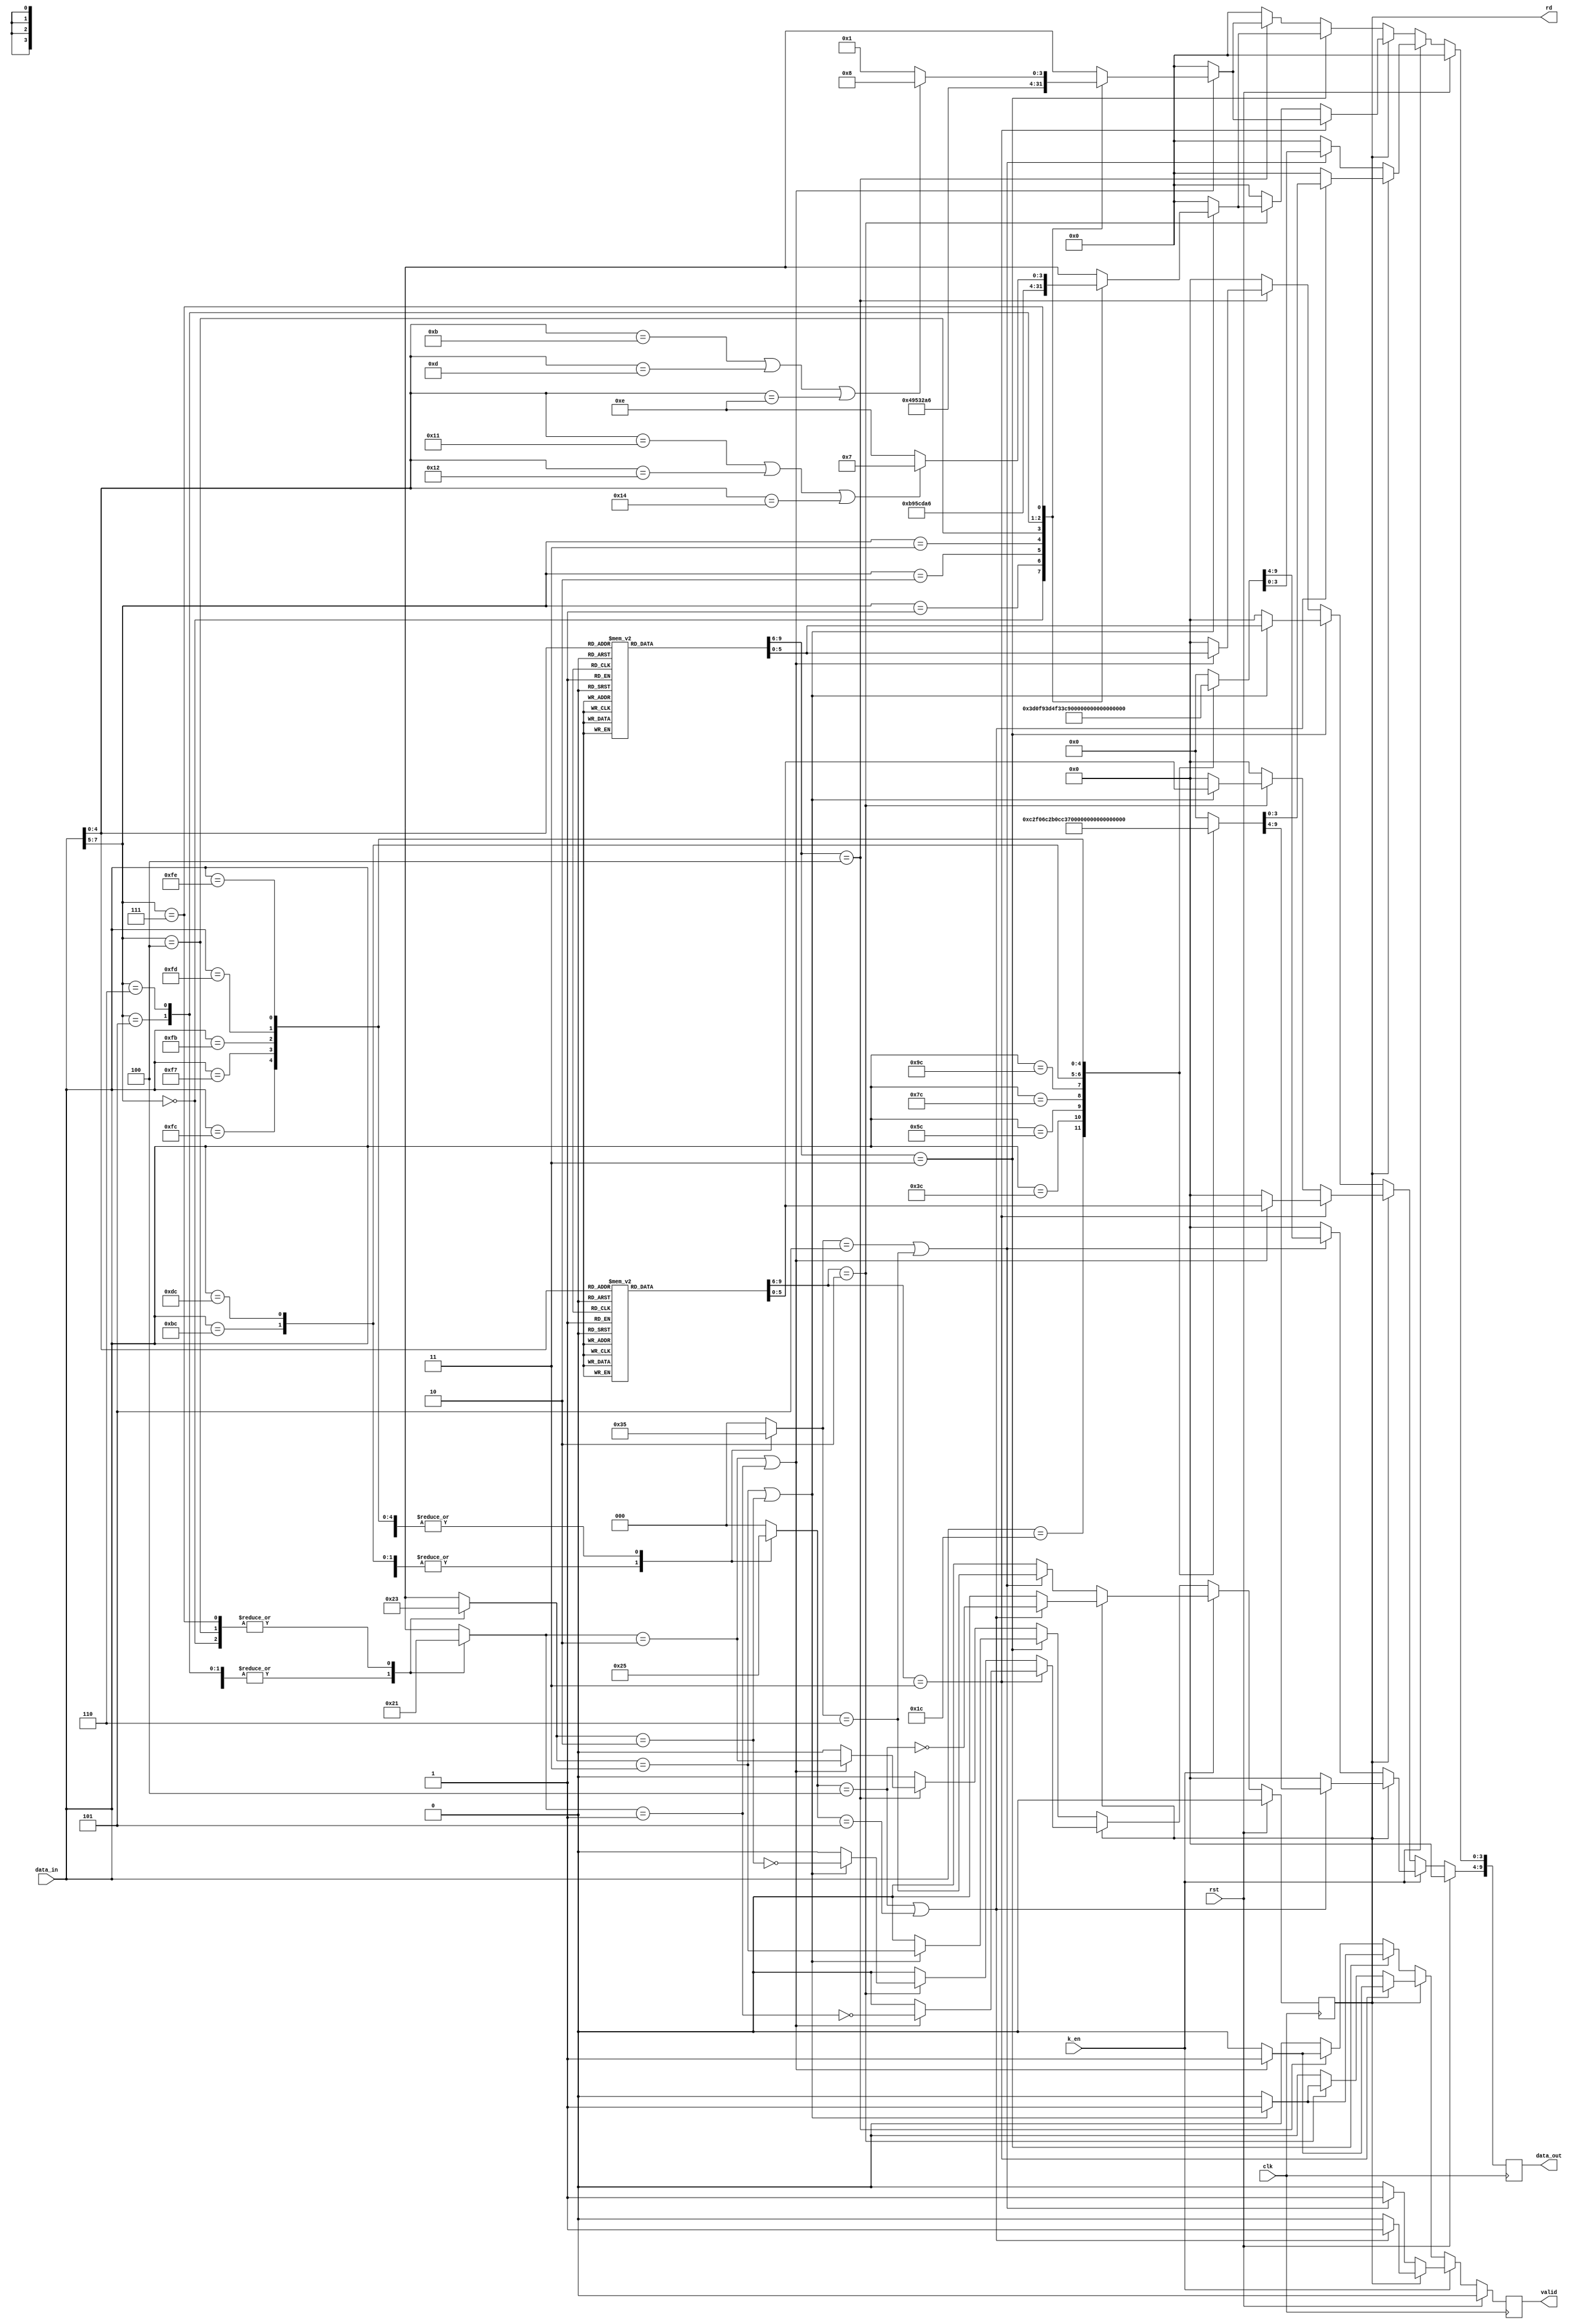
//////////////////////////////////////////////////////////////////////////
// Tyler Anderson Tue Apr 26 21:24:32 EDT 2022
// https://en.wikipedia.org/wiki/8b/10b_encoding
//
// Map displarity and running disparity onto unsigned regs n_ones and rd. 
//////////////////////////////////////////////////////////////////////////

module encode_8b10b
  (
   input 	clk,
   input 	rst,  // resets the running disparity
   input 	k_en, // interpret as control symbol 
   input [7:0] 	data_in, // HGF EDCBA
   output reg [9:0] data_out = 0, // abcdei fghj
   output reg 	rd = 1'b0, // running disparity, 0 means -1, 1 means +1
   output reg valid = 1'b0 // 
   );

   wire [4:0] 	x5b = data_in[4:0];
   wire [2:0] 	x3b = data_in[7:5]; 
   		
   // 5b/6b table, running disparity = -1   
   reg [5:0] 	x6b_n1;
   reg [3:0] 	n_ones_x6b_n1;  
   always @(*)
     case(x5b)
       5'b00000: begin x6b_n1 =  6'b100111; n_ones_x6b_n1 = 4; end //D.00 
       5'b00001: begin x6b_n1 =  6'b011101; n_ones_x6b_n1 = 4; end //D.01
       5'b00010: begin x6b_n1 =  6'b101101; n_ones_x6b_n1 = 4; end //D.02
       5'b00011: begin x6b_n1 =  6'b110001; n_ones_x6b_n1 = 3; end //D.03
       5'b00100: begin x6b_n1 =  6'b110101; n_ones_x6b_n1 = 4; end //D.04
       5'b00101: begin x6b_n1 =  6'b101001; n_ones_x6b_n1 = 3; end //D.05
       5'b00110: begin x6b_n1 =  6'b011001; n_ones_x6b_n1 = 3; end //D.06
       5'b00111: begin x6b_n1 =  6'b111000; n_ones_x6b_n1 = 3; end //D.07
       5'b01000: begin x6b_n1 =  6'b111001; n_ones_x6b_n1 = 4; end //D.08
       5'b01001: begin x6b_n1 =  6'b100101; n_ones_x6b_n1 = 3; end //D.09
       5'b01010: begin x6b_n1 =  6'b010101; n_ones_x6b_n1 = 3; end //D.10
       5'b01011: begin x6b_n1 =  6'b110100; n_ones_x6b_n1 = 3; end //D.11
       5'b01100: begin x6b_n1 =  6'b001101; n_ones_x6b_n1 = 3; end //D.12
       5'b01101: begin x6b_n1 =  6'b101100; n_ones_x6b_n1 = 3; end //D.13
       5'b01110: begin x6b_n1 =  6'b011100; n_ones_x6b_n1 = 3; end //D.14
       5'b01111: begin x6b_n1 =  6'b010111; n_ones_x6b_n1 = 4; end //D.15
       5'b10000: begin x6b_n1 =  6'b011011; n_ones_x6b_n1 = 4; end //D.16
       5'b10001: begin x6b_n1 =  6'b100011; n_ones_x6b_n1 = 3; end //D.17
       5'b10010: begin x6b_n1 =  6'b010011; n_ones_x6b_n1 = 3; end //D.18
       5'b10011: begin x6b_n1 =  6'b110010; n_ones_x6b_n1 = 3; end //D.19
       5'b10100: begin x6b_n1 =  6'b001011; n_ones_x6b_n1 = 3; end //D.20
       5'b10101: begin x6b_n1 =  6'b101010; n_ones_x6b_n1 = 3; end //D.21
       5'b10110: begin x6b_n1 =  6'b011010; n_ones_x6b_n1 = 3; end //D.22
       5'b10111: begin x6b_n1 =  6'b111010; n_ones_x6b_n1 = 4; end //D.23
       5'b11000: begin x6b_n1 =  6'b110011; n_ones_x6b_n1 = 4; end //D.24
       5'b11001: begin x6b_n1 =  6'b100110; n_ones_x6b_n1 = 3; end //D.25
       5'b11010: begin x6b_n1 =  6'b010110; n_ones_x6b_n1 = 3; end //D.26
       5'b11011: begin x6b_n1 =  6'b110110; n_ones_x6b_n1 = 4; end //D.27
       5'b11100: begin x6b_n1 =  6'b001110; n_ones_x6b_n1 = 3; end //D.28
       5'b11101: begin x6b_n1 =  6'b101110; n_ones_x6b_n1 = 4; end //D.29
       5'b11110: begin x6b_n1 =  6'b011110; n_ones_x6b_n1 = 4; end //D.30
       5'b11111: begin x6b_n1 =  6'b101011; n_ones_x6b_n1 = 4; end //D.31
       default:  begin x6b_n1 =  6'b000000; n_ones_x6b_n1 = 0; end 
     endcase // case (x5b)


      // 5b/6b table, running disparity = +1   
   reg [5:0] 	x6b_p1;
   reg [3:0] 	n_ones_x6b_p1; 
   always @(*)
     case(x5b)
       5'b00000: begin x6b_p1 =  6'b011000; n_ones_x6b_p1 = 2; end // D.00 
       5'b00001: begin x6b_p1 =  6'b100010; n_ones_x6b_p1 = 2; end // D.01
       5'b00010: begin x6b_p1 =  6'b010010; n_ones_x6b_p1 = 2; end // D.02
       5'b00011: begin x6b_p1 =  6'b110001; n_ones_x6b_p1 = 3; end // D.03
       5'b00100: begin x6b_p1 =  6'b001010; n_ones_x6b_p1 = 2; end // D.04
       5'b00101: begin x6b_p1 =  6'b101001; n_ones_x6b_p1 = 3; end // D.05
       5'b00110: begin x6b_p1 =  6'b011001; n_ones_x6b_p1 = 3; end // D.06
       5'b00111: begin x6b_p1 =  6'b000111; n_ones_x6b_p1 = 3; end // D.07
       5'b01000: begin x6b_p1 =  6'b000110; n_ones_x6b_p1 = 2; end // D.08
       5'b01001: begin x6b_p1 =  6'b100101; n_ones_x6b_p1 = 3; end // D.09
       5'b01010: begin x6b_p1 =  6'b010101; n_ones_x6b_p1 = 3; end // D.10
       5'b01011: begin x6b_p1 =  6'b110100; n_ones_x6b_p1 = 3; end // D.11
       5'b01100: begin x6b_p1 =  6'b001101; n_ones_x6b_p1 = 3; end // D.12
       5'b01101: begin x6b_p1 =  6'b101100; n_ones_x6b_p1 = 3; end // D.13
       5'b01110: begin x6b_p1 =  6'b011100; n_ones_x6b_p1 = 3; end // D.14
       5'b01111: begin x6b_p1 =  6'b101000; n_ones_x6b_p1 = 2; end // D.15
       5'b10000: begin x6b_p1 =  6'b100100; n_ones_x6b_p1 = 2; end // D.16
       5'b10001: begin x6b_p1 =  6'b100011; n_ones_x6b_p1 = 3; end // D.17
       5'b10010: begin x6b_p1 =  6'b010011; n_ones_x6b_p1 = 3; end // D.18
       5'b10011: begin x6b_p1 =  6'b110010; n_ones_x6b_p1 = 3; end // D.19
       5'b10100: begin x6b_p1 =  6'b001011; n_ones_x6b_p1 = 3; end // D.20
       5'b10101: begin x6b_p1 =  6'b101010; n_ones_x6b_p1 = 3; end // D.21
       5'b10110: begin x6b_p1 =  6'b011010; n_ones_x6b_p1 = 3; end // D.22
       5'b10111: begin x6b_p1 =  6'b000101; n_ones_x6b_p1 = 2; end // D.23
       5'b11000: begin x6b_p1 =  6'b001100; n_ones_x6b_p1 = 2; end // D.24
       5'b11001: begin x6b_p1 =  6'b100110; n_ones_x6b_p1 = 3; end // D.25
       5'b11010: begin x6b_p1 =  6'b010110; n_ones_x6b_p1 = 3; end // D.26
       5'b11011: begin x6b_p1 =  6'b001001; n_ones_x6b_p1 = 2; end // D.27
       5'b11100: begin x6b_p1 =  6'b001110; n_ones_x6b_p1 = 3; end // D.28
       5'b11101: begin x6b_p1 =  6'b010001; n_ones_x6b_p1 = 2; end // D.29
       5'b11110: begin x6b_p1 =  6'b100001; n_ones_x6b_p1 = 2; end // D.30
       5'b11111: begin x6b_p1 =  6'b010100; n_ones_x6b_p1 = 2; end // D.31
       default:  begin x6b_p1 =  6'b000000; n_ones_x6b_p1 = 0; end 
     endcase // case (x5b)

   // 3b/4b table, running disparity = -1
   reg [3:0] 	x4b_n1;
   reg [3:0] 	n_ones_x4b_n1; 
   always @(*)
     case(x3b)
       3'b000: begin x4b_n1 = 4'b1011; n_ones_x4b_n1 = 3; end // D.x.0
       3'b001: begin x4b_n1 = 4'b1001; n_ones_x4b_n1 = 2; end // D.x.1
       3'b010: begin x4b_n1 = 4'b0101; n_ones_x4b_n1 = 2; end // D.x.2
       3'b011: begin x4b_n1 = 4'b1100; n_ones_x4b_n1 = 2; end // D.x.3
       3'b100: begin x4b_n1 = 4'b1101; n_ones_x4b_n1 = 3; end // D.x.4
       3'b101: begin x4b_n1 = 4'b1010; n_ones_x4b_n1 = 2; end // D.x.5
       3'b110: begin x4b_n1 = 4'b0110; n_ones_x4b_n1 = 2; end // D.x.6
       // Special rules to avoid runs of five consecutive 0's or 1's
       3'b111:
	 begin
	    if(x5b==5'd17 || x5b==5'd18 || x5b==5'd20)
	      begin 
		 x4b_n1 = 4'b0111; // D.x.A7
		 n_ones_x4b_n1 = 3;
	      end
	    else
	      begin 
		 x4b_n1 = 4'b1110; // D.x.P7
		 n_ones_x4b_n1 = 3;
	      end
	 end
       default: begin x4b_n1 = 4'b0000; n_ones_x4b_n1 = 0; end  
     endcase

   // 3b/4b table, running disparity = +1
   reg [3:0] 	x4b_p1;
   reg [3:0] 	n_ones_x4b_p1; 
   always @(*)
     case(x3b)
       3'b000: begin x4b_p1 = 4'b0100; n_ones_x4b_p1 = 1; end // D.x.0
       3'b001: begin x4b_p1 = 4'b1001; n_ones_x4b_p1 = 2; end // D.x.1
       3'b010: begin x4b_p1 = 4'b0101; n_ones_x4b_p1 = 2; end // D.x.2
       3'b011: begin x4b_p1 = 4'b0011; n_ones_x4b_p1 = 2; end // D.x.3
       3'b100: begin x4b_p1 = 4'b0010; n_ones_x4b_p1 = 1; end // D.x.4
       3'b101: begin x4b_p1 = 4'b1010; n_ones_x4b_p1 = 2; end // D.x.5
       3'b110: begin x4b_p1 = 4'b0110; n_ones_x4b_p1 = 2; end // D.x.6
       // Special rules to avoid runs of five consecutive 0's or 1's
       3'b111: 
	 begin 
	    if(x5b==5'd11 || x5b==5'd13 || x5b==5'd14)
	      begin 
		 x4b_p1 = 4'b1000; // D.x.A7
		 n_ones_x4b_p1 = 1;
	      end
	    else
	      begin
		 x4b_p1 = 4'b0001; // D.x.P7
		 n_ones_x4b_p1 = 1;
	      end
	 end
       default: begin x4b_p1 = 4'b0000; n_ones_x4b_p1 = 0; end 
     endcase

   // Control symbol table, running disparity = -1
   reg [9:0] 	k_sym_n1;
   reg 		k_err_n1;
   reg [3:0] 	n_ones_k_n1; 
   always @(*)
     case({x3b,x5b})
       8'b00011100: begin k_sym_n1 = 10'b0011110100; k_err_n1 = 1'b0; n_ones_k_n1 = 5; end // K.28.0
       8'b00111100: begin k_sym_n1 = 10'b0011111001; k_err_n1 = 1'b0; n_ones_k_n1 = 6; end // K.28.1
       8'b01011100: begin k_sym_n1 = 10'b0011110101; k_err_n1 = 1'b0; n_ones_k_n1 = 6; end // K.28.2
       8'b01111100: begin k_sym_n1 = 10'b0011110011; k_err_n1 = 1'b0; n_ones_k_n1 = 6; end // K.28.3
       8'b10011100: begin k_sym_n1 = 10'b0011110010; k_err_n1 = 1'b0; n_ones_k_n1 = 5; end // K.28.4
       8'b10111100: begin k_sym_n1 = 10'b0011111010; k_err_n1 = 1'b0; n_ones_k_n1 = 6; end // K.28.5
       8'b11011100: begin k_sym_n1 = 10'b0011110110; k_err_n1 = 1'b0; n_ones_k_n1 = 6; end // K.28.6
       8'b11111100: begin k_sym_n1 = 10'b0011111000; k_err_n1 = 1'b0; n_ones_k_n1 = 5; end // K.28.7
       8'b11110111: begin k_sym_n1 = 10'b1110101000; k_err_n1 = 1'b0; n_ones_k_n1 = 5; end // K.23.7
       8'b11111011: begin k_sym_n1 = 10'b1101101000; k_err_n1 = 1'b0; n_ones_k_n1 = 5; end // K.27.7
       8'b11111101: begin k_sym_n1 = 10'b1011101000; k_err_n1 = 1'b0; n_ones_k_n1 = 5; end // K.29.7
       8'b11111110: begin k_sym_n1 = 10'b0111101000; k_err_n1 = 1'b0; n_ones_k_n1 = 5; end // K.30.7
       default:     begin k_sym_n1 = 10'b0000000000; k_err_n1 = 1'b1; n_ones_k_n1 = 0; end
     endcase

   // Control symbol table, running disparity = +1
   reg [9:0] k_sym_p1;
   reg 	     k_err_p1;
   reg [3:0] n_ones_k_p1; 
   always @(*)
     case({x3b,x5b})
       8'b00011100: begin k_sym_p1 = 10'b1100001011; k_err_p1 = 1'b0; n_ones_k_p1 = 5; end // K.28.0                              
       8'b00111100: begin k_sym_p1 = 10'b1100000110; k_err_p1 = 1'b0; n_ones_k_p1 = 4; end // K.28.1                              
       8'b01011100: begin k_sym_p1 = 10'b1100001010; k_err_p1 = 1'b0; n_ones_k_p1 = 4; end // K.28.2                              
       8'b01111100: begin k_sym_p1 = 10'b1100001100; k_err_p1 = 1'b0; n_ones_k_p1 = 4; end // K.28.3                              
       8'b10011100: begin k_sym_p1 = 10'b1100001101; k_err_p1 = 1'b0; n_ones_k_p1 = 5; end // K.28.4                              
       8'b10111100: begin k_sym_p1 = 10'b1100000101; k_err_p1 = 1'b0; n_ones_k_p1 = 4; end // K.28.5                              
       8'b11011100: begin k_sym_p1 = 10'b1100001001; k_err_p1 = 1'b0; n_ones_k_p1 = 4; end // K.28.6                              
       8'b11111100: begin k_sym_p1 = 10'b1100000111; k_err_p1 = 1'b0; n_ones_k_p1 = 5; end // K.28.7                              
       8'b11110111: begin k_sym_p1 = 10'b0001010111; k_err_p1 = 1'b0; n_ones_k_p1 = 5; end // K.23.7                              
       8'b11111011: begin k_sym_p1 = 10'b0010010111; k_err_p1 = 1'b0; n_ones_k_p1 = 5; end // K.27.7                              
       8'b11111101: begin k_sym_p1 = 10'b0100010111; k_err_p1 = 1'b0; n_ones_k_p1 = 5; end // K.29.7                              
       8'b11111110: begin k_sym_p1 = 10'b1000010111; k_err_p1 = 1'b0; n_ones_k_p1 = 5; end // K.30.7                              
       default:     begin k_sym_p1 = 10'b0000000000; k_err_p1 = 1'b1; n_ones_k_p1 = 0; end                               
     endcase
      		         
   // Outputs
   // Map rd=1/0, n_ones to RD=+/-1, DISP=+/-2
   always @(posedge clk)
     if(rst)
       begin 
	  rd <= 1'b0; // running disparity starts at -1
	  data_out <= 0; //K28.5
	  valid <= 1'b0; 
       end
     else
       begin
	  if(k_en) // Control symbols
	    begin 
	       if(rd==1'b0)
		 begin
		    data_out <= k_sym_n1;
		    if(n_ones_k_n1==5 || n_ones_k_n1==6)
		      begin
			 valid <= 1'b1;
			 rd <= n_ones_k_n1==6; 
		      end
		    else
		      begin
			 data_out <= 0; 
			 rd <= 1'b0;
			 valid <= 1'b0;
		      end
		 end // if (rd==1'b0)
	       else if(rd==1'b1)
		 begin
		    data_out <= k_sym_p1;
		    if(n_ones_k_p1==4 || n_ones_k_p1==5)
		      begin
			 valid <= 1'b1;
			 rd <= !(n_ones_k_p1==4);
		      end
		    else
		      begin
			 data_out <= 0;
			 rd <= 1'b0;
			 valid <= 'b0;
		      end
		 end // if (rd==1'b1)
	    end // if (k_en)
	  else // Normal symbols
	    begin
	       if(rd==1'b0) // rd_6b==-1, must calc rd_3b, so calc finishes in 1 clock cycle
		 begin
		    data_out[9:4] <= x6b_n1;
		    if(n_ones_x6b_n1==3) // disp_6b=2*n_ones_6b-6=2*3-6=0, so rd_3b=rd_6b+disp_6b=-1+0=-1 
		      begin
			 data_out[3:0] <= x4b_n1;
			 rd <= n_ones_x4b_n1==3; // disp_3b=2*n_ones_3b-4=+2, rd_6b_next=rd_3b+disp_3b=-1+2=+1
			 valid <= 1'b1;
			 if(!(n_ones_x4b_n1==3 || n_ones_x4b_n1==2))
			   begin
			      data_out <= 0;
			      rd <= 1'b0;
			      valid <= 1'b0; 
			   end
		      end
		    else if(n_ones_x6b_n1==4) // disp_6b is 2*n_ones_6b-6=2*4-6=+2, so rd_3b=rd_6b+disp_6b=-1+2=+1
		      begin
			 data_out[3:0] <= x4b_p1;
			 rd <= n_ones_x4b_p1==2; // disp_3b=2*n_ones_3b-4=0, rd_6b_next=rd_3b+disp_3b=+1+0=+1
			 valid <= 1'b1;
			 if(!(n_ones_x4b_p1==2 || n_ones_x4b_p1==1))
			   begin
			      data_out <= 0;
			      rd <= 1'b0;
			      valid <= 1'b0; 
			   end
		      end 
		    else // Invalid code
		      begin
			 data_out <= 0;
			 rd <= 1'b0;
			 valid <= 'b0; 
		      end // else: !if(n_ones_x6b_n1==4)
		 end // if (rd==1'b0)
	       else if(rd==1'b1) // rd_6b==+1, must calc rd_3b, so calc finishes in 1 clock cycle
		 begin
		    data_out[9:4] <= x6b_p1;
		    if(n_ones_x6b_p1==3)// disp_6b=2*n_ones_6b-6=2*3-6=0, so rd_3b=rd_6b+disp_6b=+1+0=+1
		      begin
			 data_out[3:0] <= x4b_p1;
			 rd <= !(n_ones_x4b_p1==1);// disp_3b=2*n_ones_3b-4=-2, so rd_6b_next=rd_3b+disp_3b=+1+-2=-1
			 valid <= 1'b1;
			 if(!(n_ones_x4b_p1==1 || n_ones_x4b_p1==2))
			   begin
			      data_out <= 0;
			      rd <= 1'b0;
			      valid <= 'b0;
			   end
		      end
		    else if(n_ones_x6b_p1==2)// disp_6b=2*n_ones_6b-6=2*2-6=-2, so rd_3b=rd_6b+disp_6b=+1-2=-1
		      begin
			 data_out[3:0] <= x4b_n1; 
			 rd <= !(n_ones_x4b_n1==2);// disp_3b=2*n_ones_3b-4=2*2-4=0, so rb_6b_next=rd_3b+disp_3b=-1+0=-1
			 valid <= 1'b1;
			 if(!(n_ones_x4b_n1==3 || n_ones_x4b_n1==2))
			   begin
			      data_out <= 0;
			      rd <= 1'b0;
			      valid <= 'b0;
			   end
		      end // if (n_ones_x6b_p1==2)
		    else
		      begin
			 data_out <= 0;
			 rd <= 1'b0;
			 valid <= 1'b0; 
		      end // else: !if(n_ones_x6b_p1==2)
		    
		    
		 end   
	    end
       end	
   

   
endmodule